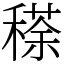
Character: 䅷